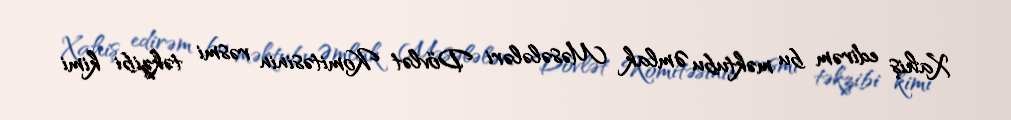
Xahiş edirəm bu məktubu Əmlak Məsələləri Dövlət Komitəsinin rəsmi təkzibi kimi